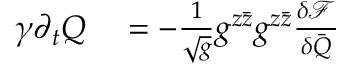
\begin{array} { r l } { \gamma \partial _ { t } Q } & { { } = - \frac { 1 } { \sqrt { g } } g ^ { z \bar { z } } g ^ { z \bar { z } } \frac { \delta \mathcal F } { \delta \bar { Q } } } \end{array}